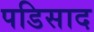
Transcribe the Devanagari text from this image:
पडिसाद